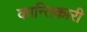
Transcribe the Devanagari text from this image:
कान्तिकारी